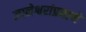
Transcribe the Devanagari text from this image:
ज्ञानेश्वरांप्रमाणे